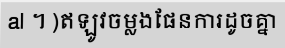
al ។ )ឥឡូវចម្លងផែនការដូចគ្នា